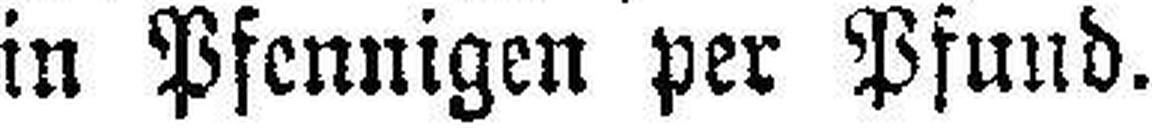
in Pfennigen per Pfund.